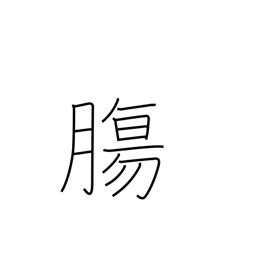
Meaning: guts